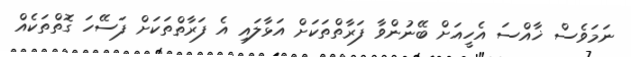
ނަމަވެސް ޚާއްސަ އެހީއަށް ބޭނުންވާ ފަރާތްތަކަށް އަޅާލައި އެ ފަރާތްތަކަށް ފަސޭހަ ގޮތްތަކެއް